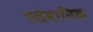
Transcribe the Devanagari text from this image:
एलेमानिक